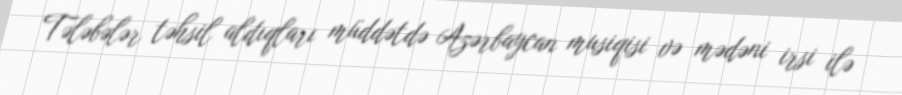
Tələbələr təhsil aldıqları müddətdə Azərbaycan musiqisi və mədəni irsi ilə